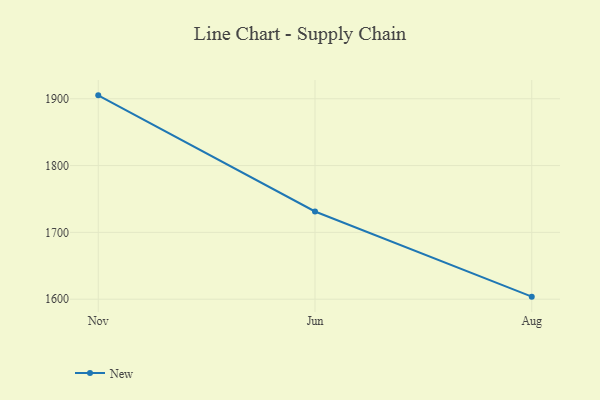
{"axis": {"x": "Month", "y": "Conversion Rate (%)"}, "legend": ["New"], "data": [{"x": "Nov", "y": 1905.1, "type": "New"}, {"x": "Jun", "y": 1731.3, "type": "New"}, {"x": "Aug", "y": 1603.8, "type": "New"}]}